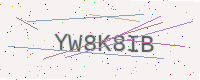
Text: YW8K8IB